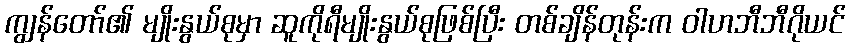
ကျွန်တော်၏ မျိုးနွယ်စုမှာ ဆူကိုရီမျိုးနွယ်စုဖြစ်ပြီး တစ်ချိန်တုန်းက ဝါဟဘီဘီဂိုယင်